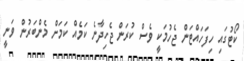
ކޯޓުގައި ހިފަހައްޓަން ޖެހުމަކީ ވެސް ކުރަން ޖެހިދާނެ ކަމެއް ކަމަށް މެންބަރުން ވަނީ